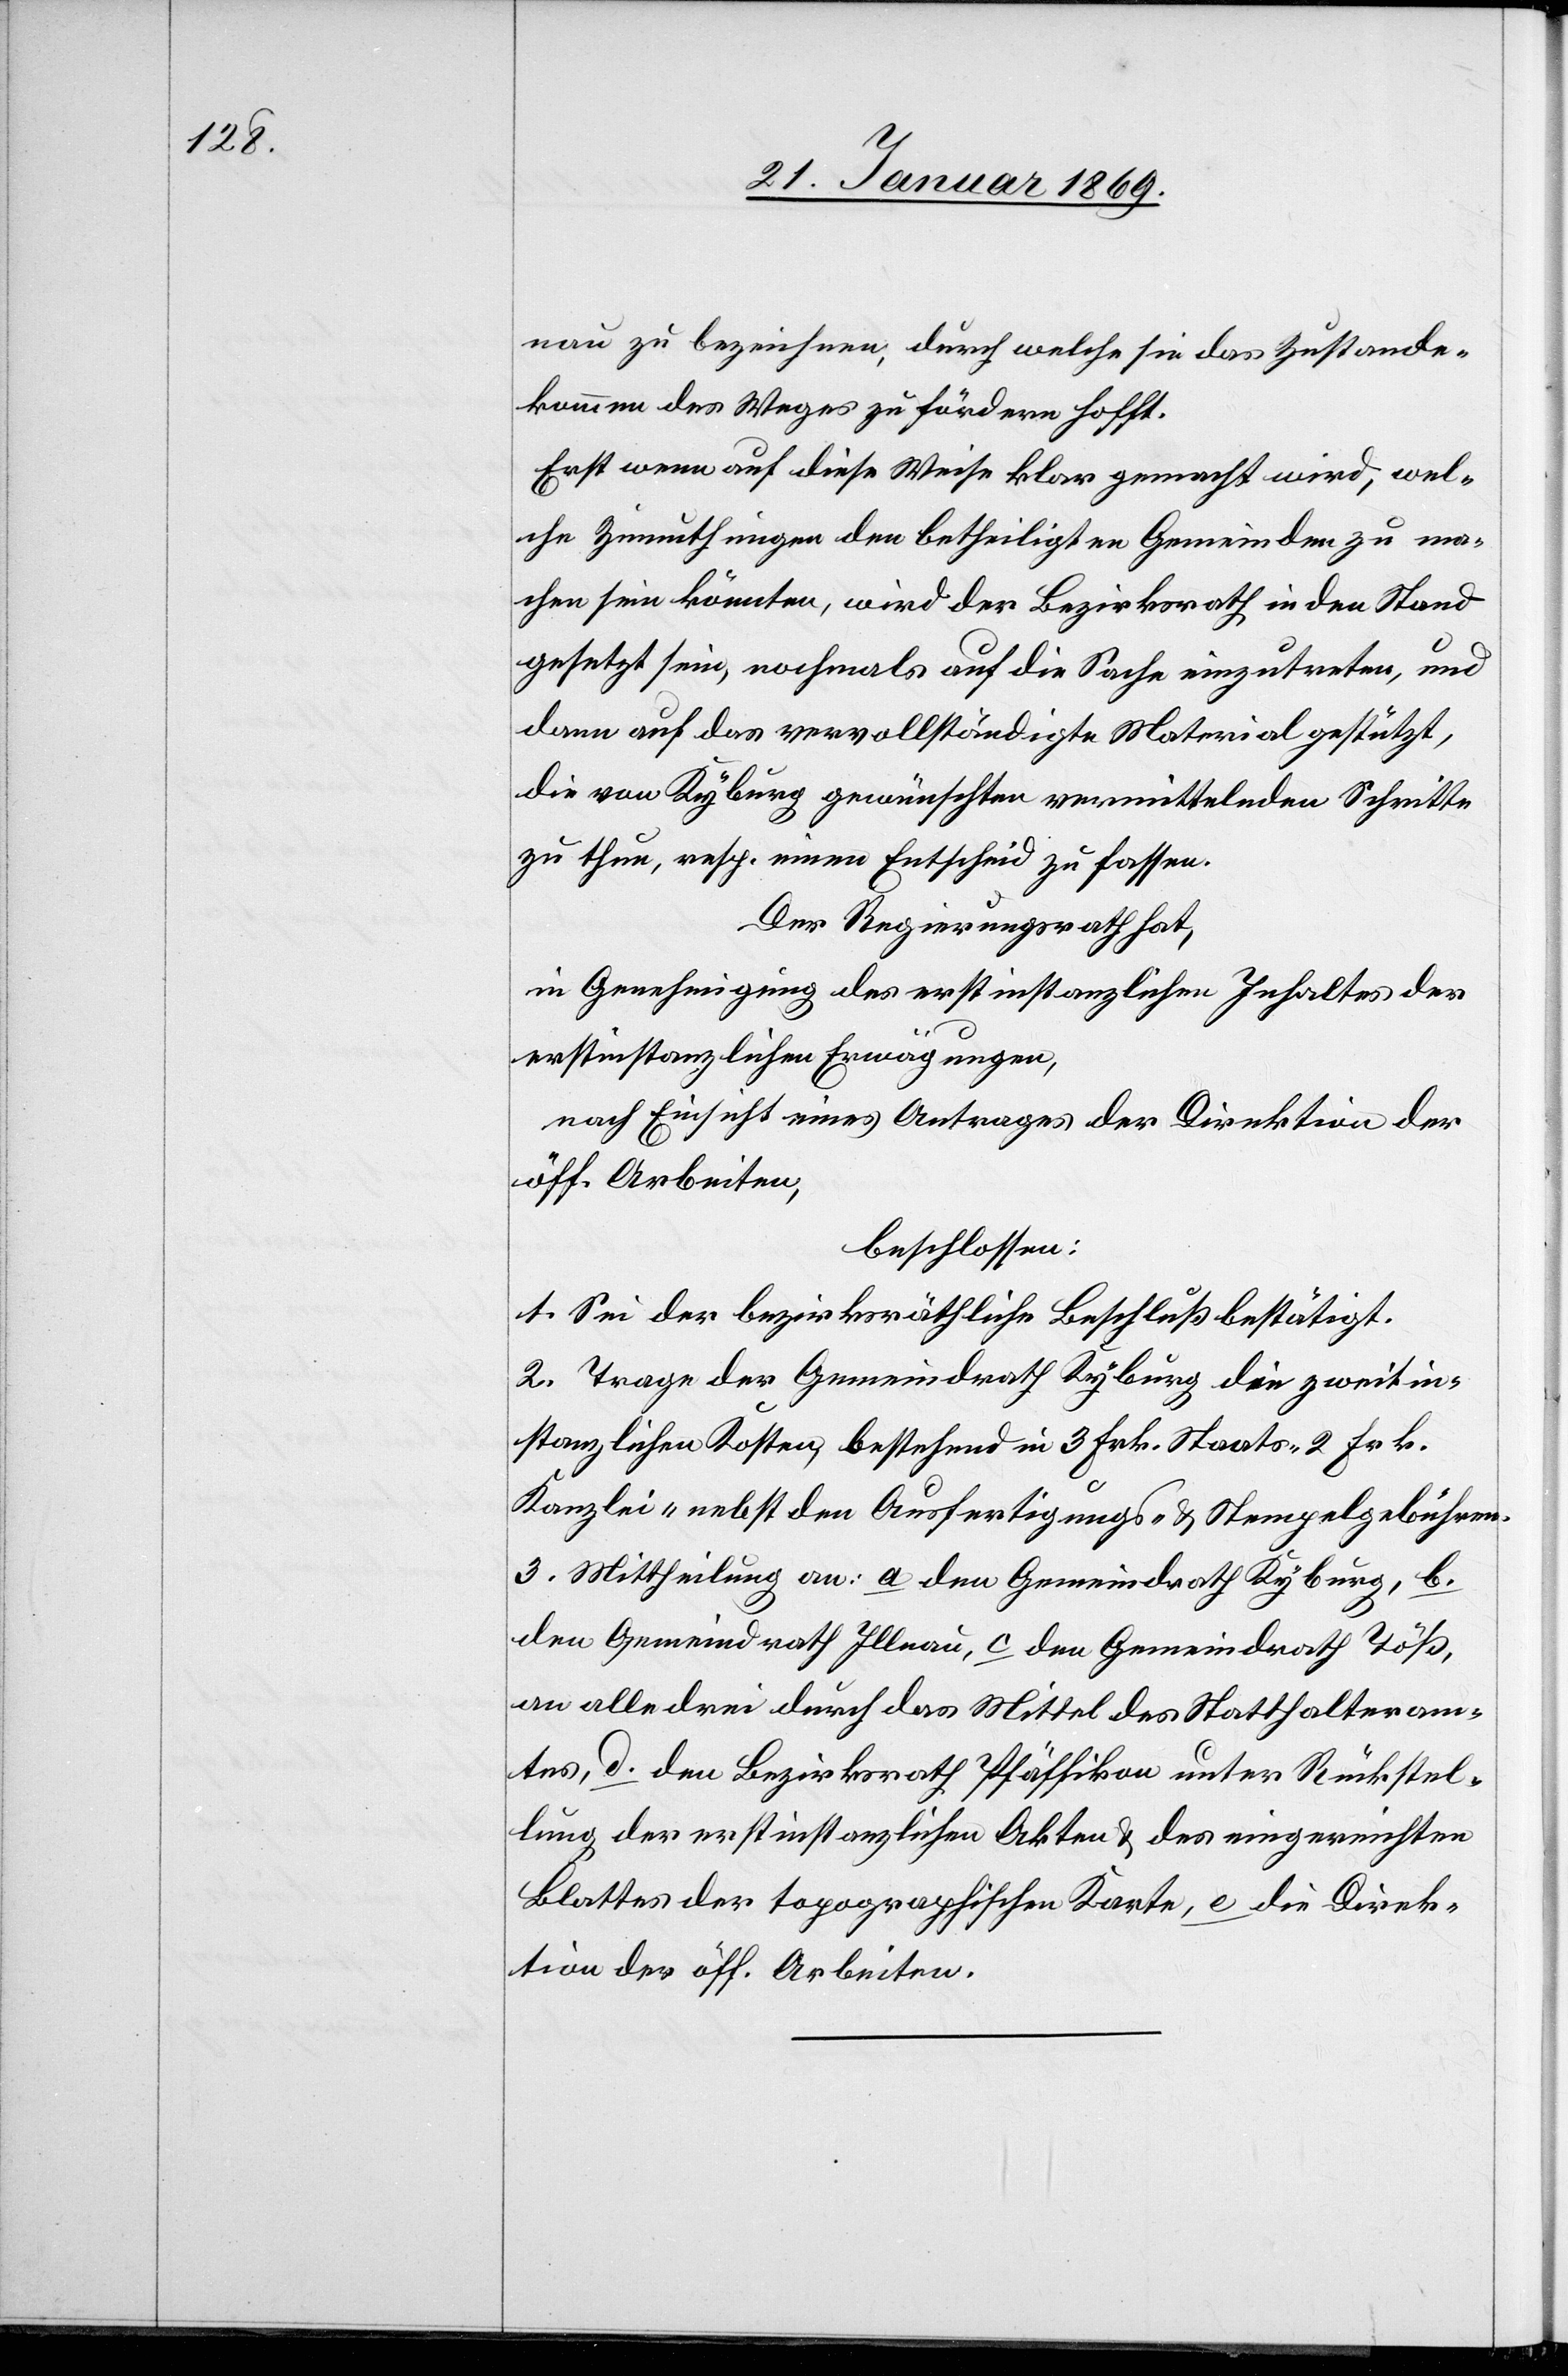
nau zu bezeichnen, durch welche sie das Zustande¬
kommen des Weges zu fördern hofft.
Erst wenn auf diese Weise klar gemacht wird, wel¬
che Zumuthungen den betheiligten Gemeinden zu ma¬
chen sein könnten, wird der Bezirksrath in den Stand
gesetzt sein, nochmals auf die Sache einzutreten, und
dann auf das vervollständigte Material gestützt,
die von Kyburg gewünschten vermittelnden Schritte
zu thun, resp. einen Entscheid zu fassen.
Der Regierungsrath hat,
in Genehmigung des erstinstanzlichen Inhaltes der
erstinstanzlichen Erwägungen,
nach Einsicht eines Antrages der Direktion der
öff. Arbeiten.
beschlossen:
1. Sei der bezirksräthliche Beschluß bestätigt.
2. Trage der Gemeindrath Kyburg die zweitin¬
stanzlichen Kosten, bestehend in 3 Frk. Staats-[,] 2 Frk.
Kanzlei- nebst den Ausfertigungs- & Stempelgebühren.
3. Mittheilung an: a. den Gemeindrath Kyburg, b.
den Gemeindrath Illnau, c. den Gemeindrath Töß,
an alle drei durch das Mittel des Statthalteram¬
tes, d. den Bezirksrath Pfäffikon unter Rückstel¬
lung der erstinstanzlichen Akten & des eingereichten
Blattes der topographischen Karte, e. die Direk¬
tion der öff. Arbeiten.